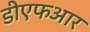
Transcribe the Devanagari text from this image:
डीएफआर